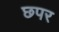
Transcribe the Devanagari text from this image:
छपर